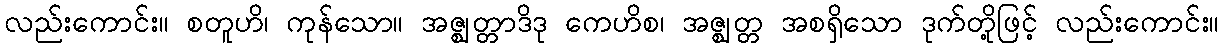
လည်းကောင်း။ စတူဟိ၊ ကုန်သော။ အဇ္ဈတ္တာဒိဒု ကေဟိစ၊ အဇ္ဈတ္တ အစရှိသော ဒုက်တို့ဖြင့် လည်းကောင်း။